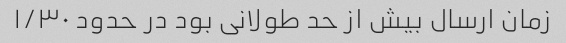
زمان ارسال بیش از حد طولانی بود در حدود ۱/۳۰